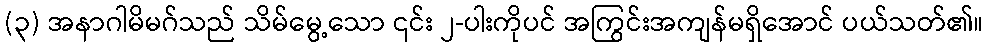
(၃) အနာဂါမိမဂ်သည် သိမ်မွေ့သော ၎င်း ၂-ပါးကိုပင် အကြွင်းအကျန်မရှိအောင် ပယ်သတ်၏။